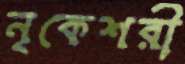
নৃকেশরী